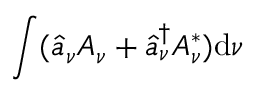
\int ( \widehat { a } _ { \nu } A _ { \nu } + \widehat { a } _ { \nu } ^ { \dagger } A _ { \nu } ^ { * } ) \mathrm { d } \nu